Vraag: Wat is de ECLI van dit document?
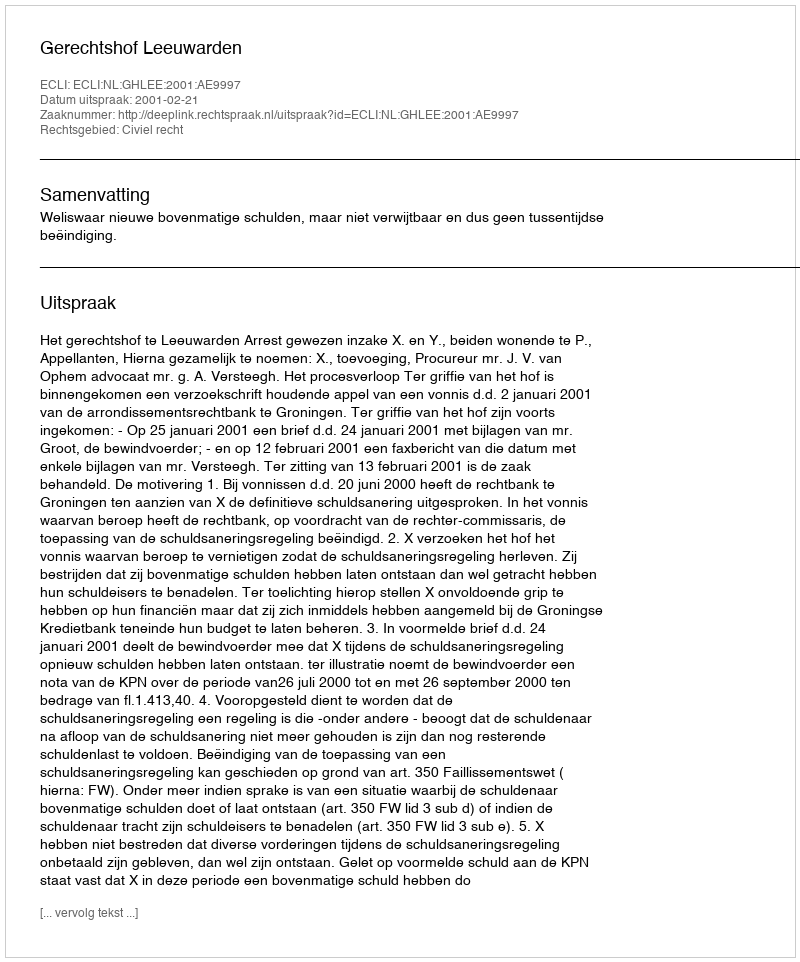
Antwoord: ECLI:NL:GHLEE:2001:AE9997